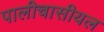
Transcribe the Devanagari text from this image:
पालीचासीयल